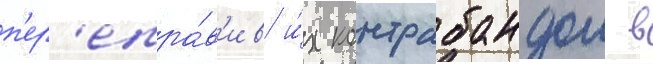
п'ер'епра́в'ив и́х контрабандои в